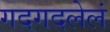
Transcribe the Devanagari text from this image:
गदगदलेलं